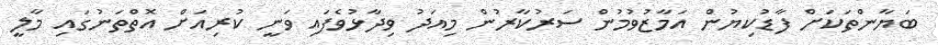
ބަޔާންތަކަށް ފާޑުކިޔުން އަމާޒުވުމުން ސަރުކާރުން މިއަދު ވިދާޅުވެފައި ވަނީ ކުރިއަށް އޮތްތަނުގައި މާލީ